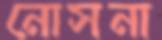
নোসনা